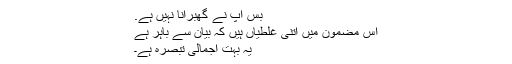
بس آپ نے گھبرانا نہیں ہے.
اس مضمون میں اتنی غلطیاں ہیں کہ بیان سے باہر ہے
یہ بہت اجمالی تبصرہ ہے۔